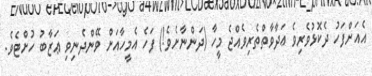
އެއަށްފަހު ދެކޮޅުވެރިވެ ޢަދާވާތްތެރިވެއްޖެ މީހާ (ދަންނާށެވެ!) ފަހެ އެމީހާއަށް ވޭންދެނިވި ޢަޒާބު ހުށްޓެވެ.